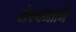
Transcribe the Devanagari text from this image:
सेल्वमाणि